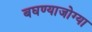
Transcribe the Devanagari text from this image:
बघण्याजोग्या